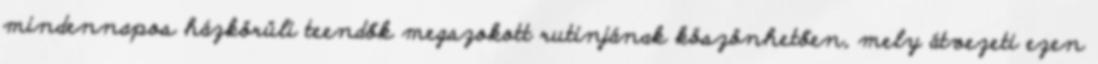
mindennapos házkörüli teendők megszokott rutinjának köszönhetően, mely átvezeti ezen